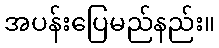
အပန်းပြေမည်နည်း။